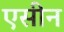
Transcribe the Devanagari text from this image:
एसीन